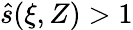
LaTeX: \hat{s}(\xi,Z)>1